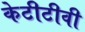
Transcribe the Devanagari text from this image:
केटीटीवी